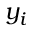
y _ { i }